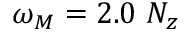
\omega _ { M } = 2 . 0 ~ N _ { z }